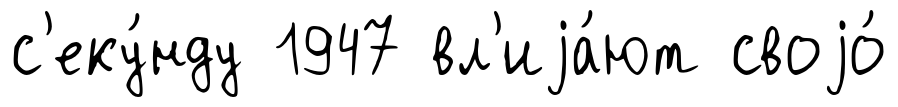
с'еку́нду 1947 вл'иjа́ют своjо́